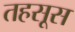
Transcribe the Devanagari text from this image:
तहसूस